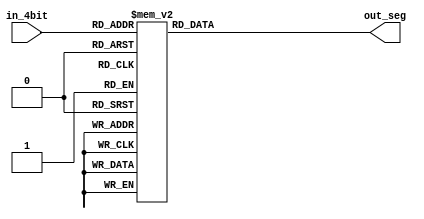
module seg_7_out(in_4bit, out_seg);
	input [3:0] in_4bit;
	output reg [6:0] out_seg;
	
	always @ (in_4bit) begin
			case (in_4bit)
			0 : out_seg = 7'b1000000;
			1 : out_seg = 7'b1111001;
			2 : out_seg = 7'b0100100;
			3 : out_seg = 7'b0110000;
			4 : out_seg = 7'b0011001;
			5 : out_seg = 7'b0010010;
			6 : out_seg = 7'b0000010;
			7 : out_seg = 7'b1111000;
			8 : out_seg = 7'b0000000;
			9 : out_seg = 7'b0010000;
			10 : out_seg = 7'b0001000;
			11 : out_seg = 7'b0000011;
			12 : out_seg = 7'b1000110;
			13 : out_seg = 7'b0100001;
			14 : out_seg = 7'b0000110;
			15 : out_seg = 7'b0001110;
			default: out_seg = 7'bx;
		endcase
	end
	
endmodule